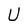
Character: U